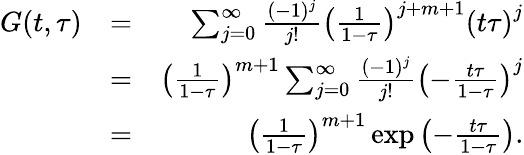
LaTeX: \begin{array}{rlr}{G(t,\tau)}&{=}&{\sum_{j=0}^{\infty}\frac{(-1)^{j}}{j!}\left(\frac{1}{1-\tau}\right)^{j+m+1}\left(t\tau\right)^{j}}\\ &{=}&{\left(\frac{1}{1-\tau}\right)^{m+1}\sum_{j=0}^{\infty}\frac{(-1)^{j}}{j!}\left(-\frac{t\tau}{1-\tau}\right)^{j}}\\ &{=}&{\left(\frac{1}{1-\tau}\right)^{m+1}\exp\left(-\frac{t\tau}{1-\tau}\right).}\end{array}